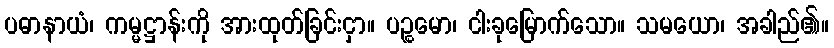
ပဓာနာယံ၊ ကမ္မဋ္ဌာန်းကို အားထုတ်ခြင်းငှာ။ ပဉ္စမော၊ ငါးခုမြောက်သော။ သမယော၊ အခါည်၏။